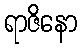
ရာဇိနော